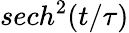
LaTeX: sech^{2}({t/\tau})